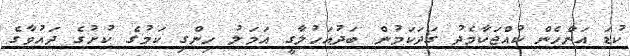
ކުޑަ އަންހެން ކުއްޖަކާމެދު ގަދަކަމުން ބަދުއަހުލާގީ އަމަލު ހިންގި ކަމުގެ ކުށުގެ ދައުވާގެ